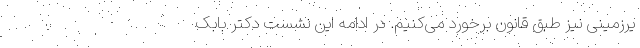
یرزمینی نیز طبق قانون برخورد می‌کنیم. در ادامه این نشست دکتر بابک